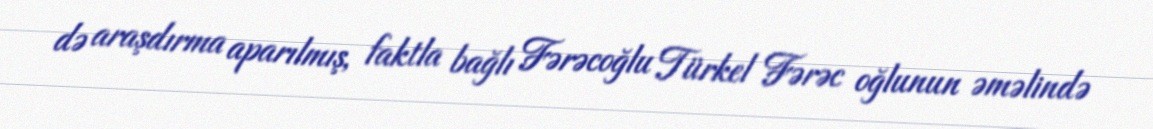
də araşdırma aparılmış, faktla bağlı Fərəcoğlu Türkel Fərəc oğlunun əməlində